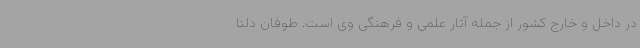
در داخل و خارج کشور از جمله آثار علمی و فرهنگی وی است. طوفان دلتا